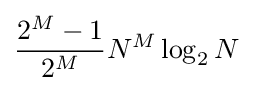
{\frac {2^{M}-1}{2^{M}}}N^{M}\log _{2}N